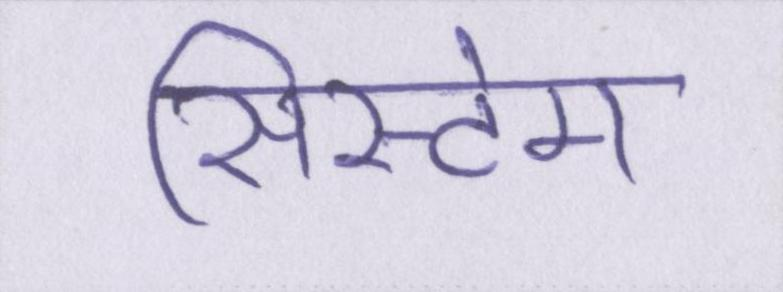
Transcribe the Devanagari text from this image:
सिस्टेम